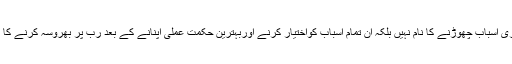
یہ ظاہری اسباب چھوڑنے کا نام نہیں بلکہ ان تمام اسباب کواختیار کرنے اوربہترین حکمت عملی اپنانے کے بعد رب پر بھروسہ کرنے کا نام ہے۔